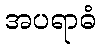
အပရာဓံ